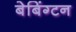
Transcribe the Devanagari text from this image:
बेबिंग्टन